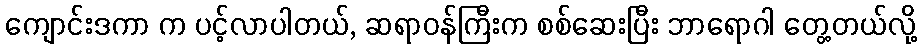
ကျောင်းဒကာ က ပင့်လာပါတယ်, ဆရာဝန်ကြီးက စစ်ဆေးပြီး ဘာရောဂါ တွေ့တယ်လို့